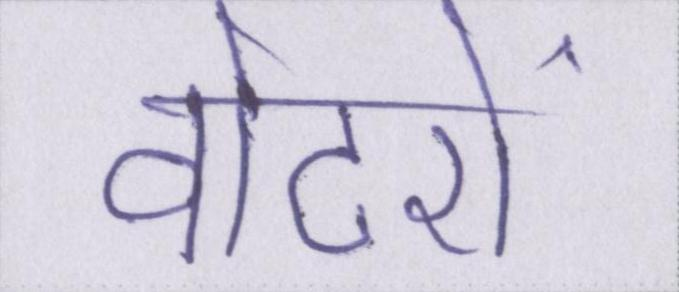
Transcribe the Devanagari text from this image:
वोटरों